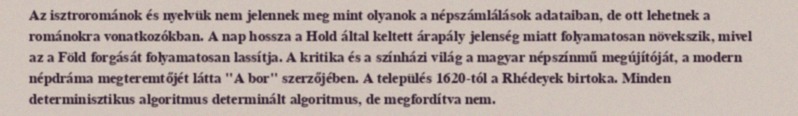
Az isztrorománok és nyelvük nem jelennek meg mint olyanok a népszámlálások adataiban, de ott lehetnek a románokra vonatkozókban. A nap hossza a Hold által keltett árapály jelenség miatt folyamatosan növekszik, mivel az a Föld forgását folyamatosan lassítja. A kritika és a színházi világ a magyar népszínmű megújítóját, a modern népdráma megteremtőjét látta "A bor" szerzőjében. A település 1620-tól a Rhédeyek birtoka. Minden determinisztikus algoritmus determinált algoritmus, de megfordítva nem.